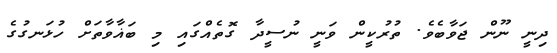
ދިނީ ނޫން ޖަވާބެވެ. ތުރުކީން ވަނީ ނުސީދާ ގޮތެއްގައި މި ބަޣާވާތަށް ހުޅަނގުގެ